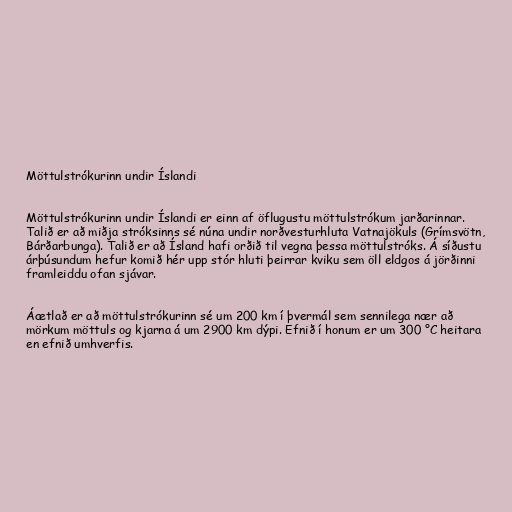
Möttulstrókurinn undir Íslandi

Möttulstrókurinn undir Íslandi er einn af öflugustu möttulstrókum jarðarinnar.
Talið er að miðja stróksinns sé núna undir norðvesturhluta Vatnajökuls (Grímsvötn,
Bárðarbunga). Talið er að Ísland hafi orðið til vegna þessa möttulstróks. Á síðustu
árþúsundum hefur komið hér upp stór hluti þeirrar kviku sem öll eldgos á jörðinni
framleiddu ofan sjávar.

Áætlað er að möttulstrókurinn sé um 200 km í þvermál sem sennilega nær að
mörkum möttuls og kjarna á um 2900 km dýpi. Efnið í honum er um 300 °C heitara
en efnið umhverfis.